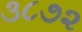
૩૮૭૨